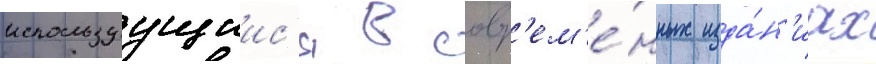
используущиис'я в совр'ем'е́нных изда́н'иах